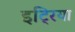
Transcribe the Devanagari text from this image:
इट्रिया